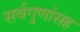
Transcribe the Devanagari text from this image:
सर्वगुणांसह